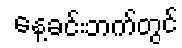
နေ့ခင်းဘက်တွင်